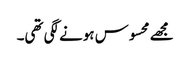
مجھے محسوس ہونے لگی تھی۔